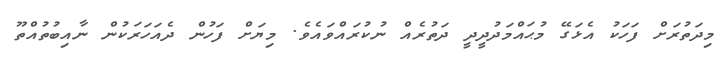
މިދަތުރަށް ފަހަކު އެޅަގޭ މުޙައްމަދުދީދީ ދަތުރެއް ނުކުރައްވައެވެ. މިޔަށް ފަހުން ދެއަހަރަކުން ނާއިބުތުއްތޫ